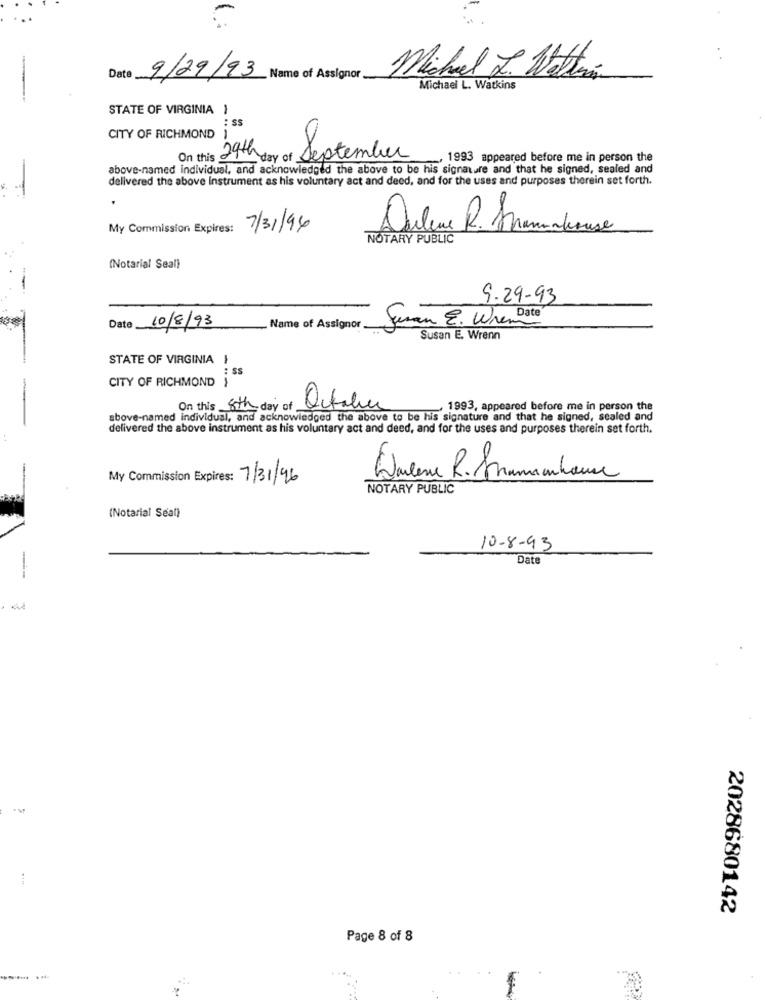
Michael J. Watting
Date
9/29/93 Name of Assignor
Michael L. Watkins
STATE OF VIRGINIA }
: SS
CITY OF RICHMOND
On this
: 29th day of September
, 1993 appeared before me in person the
above-named individual, and acknowledged the above to be his signature and that he signed, sealed and
delivered the above Instrument as his voluntary act and deed, and for the uses and purposes therein set forth.
My Commission Expires:
7/31/96
Dulene R. framboise
NOTARY PUBLIC
(Notarial Seal)
9-29-93
Date 10/8/93
_ Name of Assignor
Saman E. WhenDate
Susan E. Wrenn
STATE OF VIRGINIA }
:SS
CITY OF RICHMOND
2
-
On this 8th day of
- 1993, appeared before me in person the
above-named individual, and acknowledged the above to be his signature and that he signed, sealed and
delivered the above instrument as his voluntary act and deed, and for the uses and purposes therein set forth.
My Commission Expires: 7/31/96
Darlene R. Sammanhouse
NOTARY PUBLIC
(Notarial Seal)
10-8-93
Date
--
2028680142
Page 8 of 8